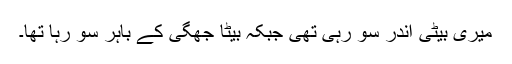
میری بیٹی اندر سو رہی تھی جبکہ بیٹا جھگی کے باہر سو رہا تھا۔